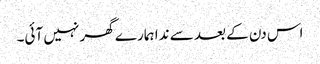
اس دن کے بعد سے ندا ہمارے گھر نہیں آئی۔